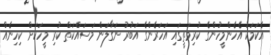
އެކަމަކު އެހެންމީހުންގެ ކުރިމަތީގައި އަހަރެންގެ އަބުރު ނަގާލަން މަސައްކަތް ކުރި މީހަކަށް ކިހިނެއް